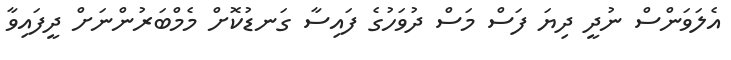
އެލަވަންސް ނުދީ ދިޔަ ފަސް މަސް ދުވަހުގެ ފައިސާ ގަނޑުކޮށް މެމްބަރުންނަށް ދީފައިވާ